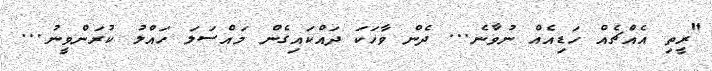
"ރީތި އެއްޗެއް ހަޑިއެއް ނުވާނެ... ދެން ވާހަކަ ދައްކައިގެން މައްސަލަ ހައްލު ކުރަންވީނު...